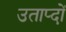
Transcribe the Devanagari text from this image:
उताप्दों